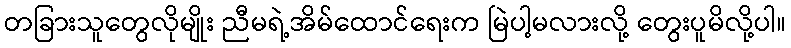
တခြားသူတွေလိုမျိုး ညီမရဲ့အိမ်ထောင်ရေးက မြဲပါ့မလားလို့ တွေးပူမိလို့ပါ။